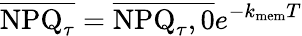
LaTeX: \overline{{\mathrm{NPQ}_{\tau}}}=\overline{{\mathrm{NPQ}_{\tau},0}}e^{-k_{\mathrm{mem}}T}